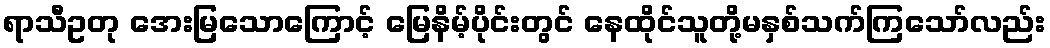
ရာသီဥတု အေးမြသောကြောင့် မြေနိမ့်ပိုင်းတွင် နေထိုင်သူတို့မနှစ်သက်ကြသော်လည်း